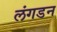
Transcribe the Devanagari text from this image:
लंगडन